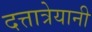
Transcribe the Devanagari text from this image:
दत्तात्रेयानी